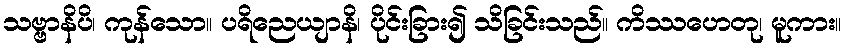
သဗ္ဗာနိပိ၊ ကုန်သော။ ပရိညေယျာနိ၊ ပိုင်းခြား၍ သိခြင်းသည်။ ကိဿဟေတု၊ မူကား။